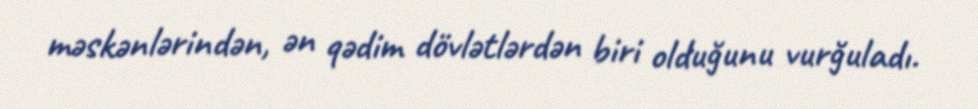
məskənlərindən, ən qədim dövlətlərdən biri olduğunu vurğuladı.